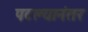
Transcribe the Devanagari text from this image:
पटल्यानंतर